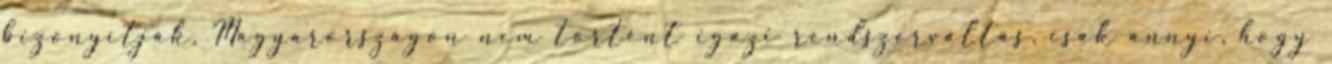
bizonyítják, Magyarországon nem történt i­gazi rendszerváltás, csak annyi, hogy